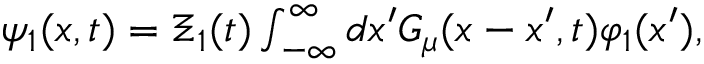
\begin{array} { r } { \psi _ { 1 } ( x , t ) = \Xi _ { 1 } ( t ) \int _ { - \infty } ^ { \infty } d x ^ { \prime } { \cal { G } } _ { \mu } ( x - x ^ { \prime } , t ) \varphi _ { 1 } ( x ^ { \prime } ) , } \end{array}